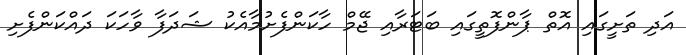
އަދި ތަށީގައި އޮތް ޕާންފޮތީގައި ބަޓަރާއި ޖޭމް ހާކަންފެށުމާއެކު ޝަދަފާ ވާހަކަ ދައްކަންފެށި